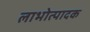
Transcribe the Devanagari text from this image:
लाभोत्पादक